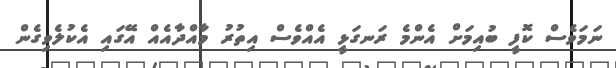
ނަމަވެސް ކޮފީ ބުއިމަށް އެންމެ ރަނގަޅީ އެއްވެސް އިތުރު މާއްދާއެއް އޭގައި އެކުލެވިގެން